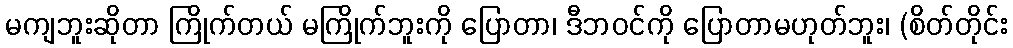
မကျဘူးဆိုတာ ကြိုက်တယ် မကြိုက်ဘူးကို ပြောတာ၊ ဒီဘဝင်ကို ပြောတာမဟုတ်ဘူး၊ (စိတ်တိုင်း